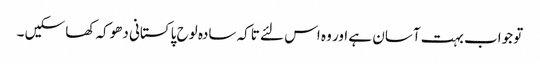
تو جواب بہت آسان ہے اور وہ اس لئے تاکہ سادہ لوح پاکستانی دھوکہ کھا سکیں ۔